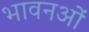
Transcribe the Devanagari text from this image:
भावनओं